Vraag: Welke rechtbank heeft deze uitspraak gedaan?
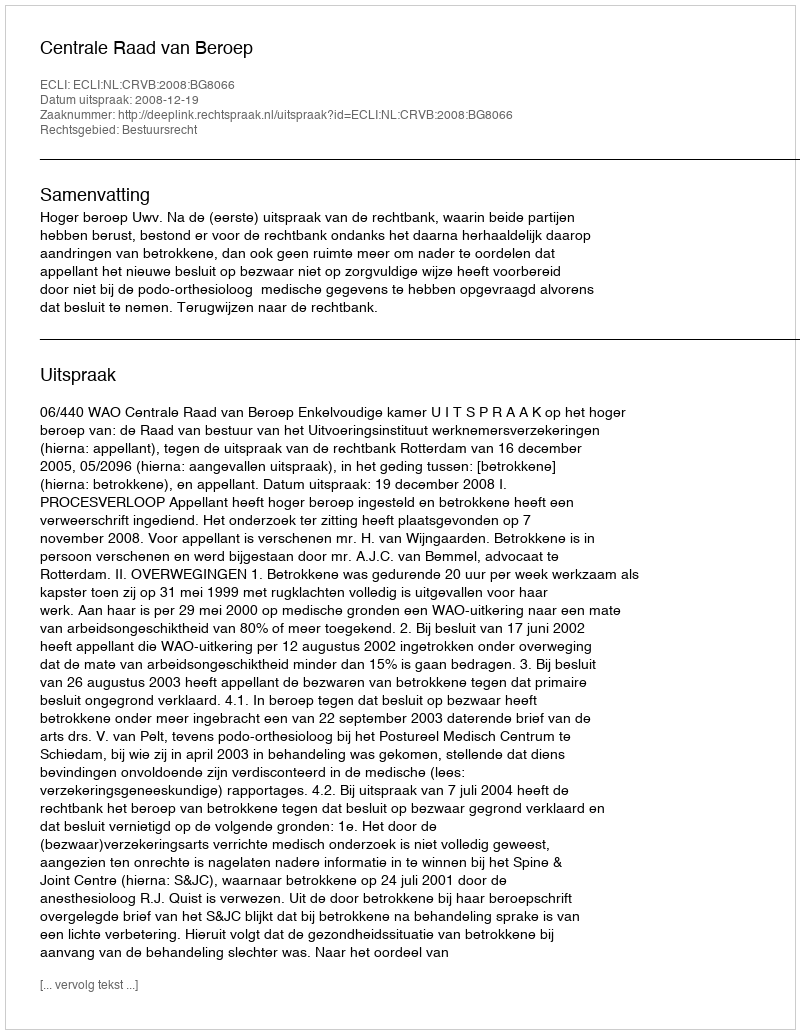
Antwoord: Centrale Raad van Beroep